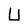
Character: U